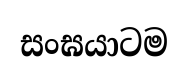
සංඝයාටම